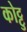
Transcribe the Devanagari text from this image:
कोट्टु